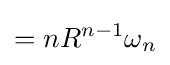
=nR^{n-1}\omega _{n}